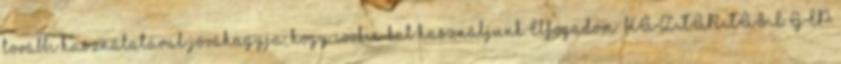
további használatával jóváhagyja, hogy cookie-kat használjunk.Elfogadom HÁZTARTÁSI GÉP